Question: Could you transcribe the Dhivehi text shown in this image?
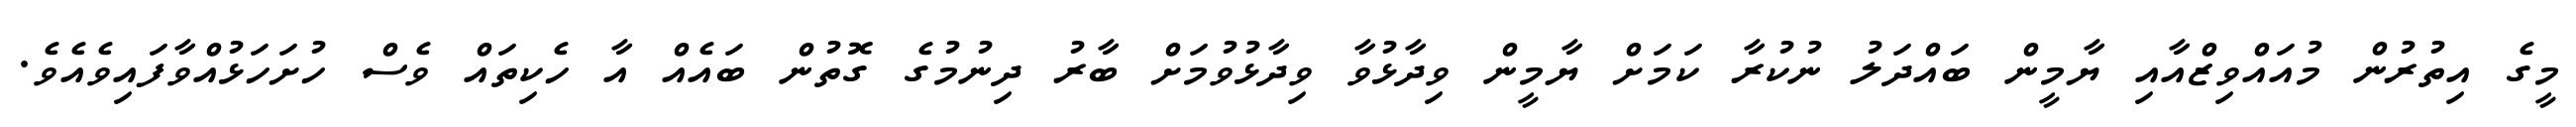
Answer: މީގެ އިތުރުން މުއައްވިޒްއާއި ޔާމީން ބައްދަލު ނުކުރާ ކަމަށް ޔާމީން ވިދާޅުވާ ވިދާޅުވުމަށް ބާރު ދިނުމުގެ ގޮތުން ބައެއް އާ ހެކިތައް ވެސް ހުށަހަޅުއްވާފައިވެއެވެ.